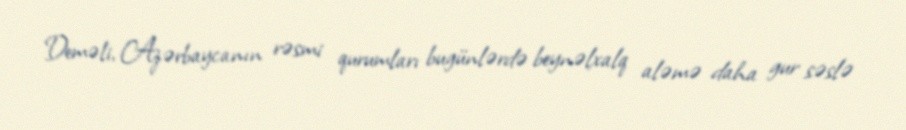
Deməli, Azərbaycanın rəsmi qurumları bugünlərdə beynəlxalq aləmə daha gur səslə